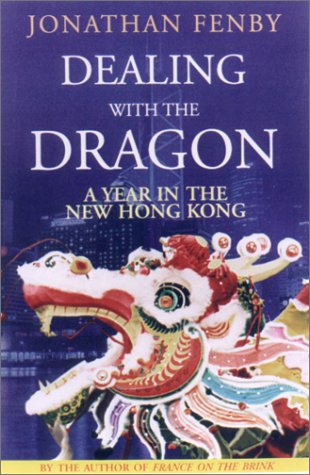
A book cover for Dealing With the Dragon: A Year in the New Hong Kong; Jonathan Fenby; History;